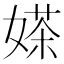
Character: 𱙤